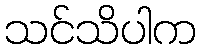
သင်သိပါက